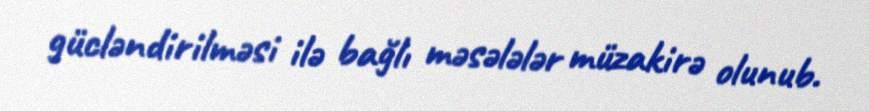
gücləndirilməsi ilə bağlı məsələlər müzakirə olunub.